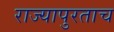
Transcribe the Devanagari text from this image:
राज्यापुरताच